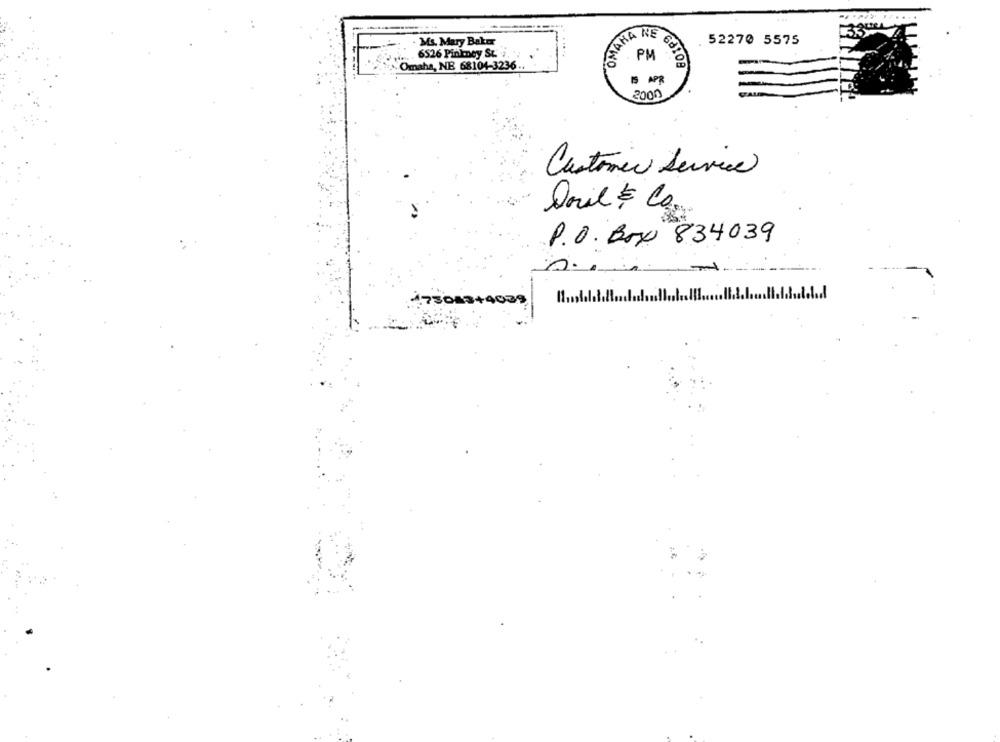
Ms. Mary Baker
AHA NE 6
52270 5575
6526 Pinkney St.
1. Omaha, NE 68104-3236
PM POR
2000
Customer Service
Drie & Co.
P.O. Box 834039
2.
473648+4039